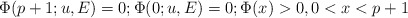
\begin{align*}\Phi(p+1; u, E)=0;\Phi(0;u,E)=0;\Phi(x)>0,0<x<p+1\end{align*}